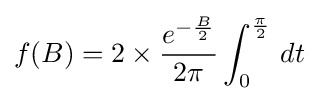
f(B)=2\times {\frac {e^{-{\frac {B}{2}}}}{2\pi }}\int _{0}^{\frac {\pi }{2}}\,dt